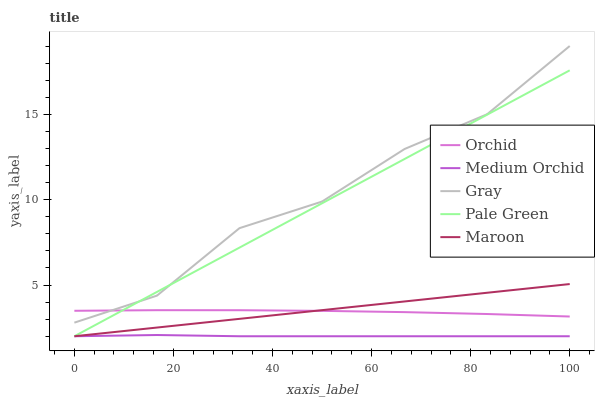
| xaxis_label | Orchid | Medium Orchid | Gray | Pale Green | Maroon |
 | --- | --- | --- | --- | --- | --- |
 | 0 | 3.49 | 2 | 2.8 | 2 | 2 |
 | 16.7 | 3.53 | 2.07 | 4.38 | 4.6 | 2.51 |
 | 33.3 | 3.52 | 2 | 8.33 | 7.19 | 3.02 |
 | 50 | 3.49 | 2 | 9.89 | 9.79 | 3.53 |
 | 66.7 | 3.41 | 2 | 13 | 12.4 | 4.04 |
 | 83.3 | 3.3 | 2 | 15 | 15 | 4.55 |
 | 100 | 3.16 | 2 | 19 | 17.6 | 5.06 |